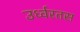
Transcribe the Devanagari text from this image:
उर्ध्वरतस